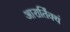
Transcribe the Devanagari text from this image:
आरार्तिक्यं